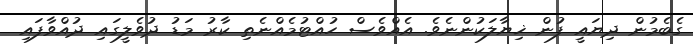
ގެބެމުން ދިޔައީ ފުން ޚިޔާލަކުންނެވެ. އެއްވެސް ހުއްޓުމެއްނެތި ކާރު މަޑު ދުވެލީގައި ދުއްވާފައި